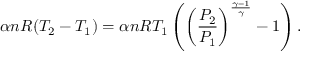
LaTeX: \alpha n R ( T _ { 2 } - T _ { 1 } ) = \alpha n R T _ { 1 } \left( \left( { \frac { P _ { 2 } } { P _ { 1 } } } \right) ^ { \frac { \gamma - 1 } { \gamma } } - 1 \right) .